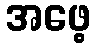
အဖေ့